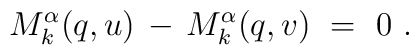
M_k^\alpha(q,u) \, - \, M_k^\alpha(q,v)~=~0~.